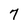
Character: 7